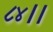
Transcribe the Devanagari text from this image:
८४।।